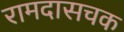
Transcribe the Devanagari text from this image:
रामदासचक